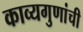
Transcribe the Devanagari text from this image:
काव्यगुणांची